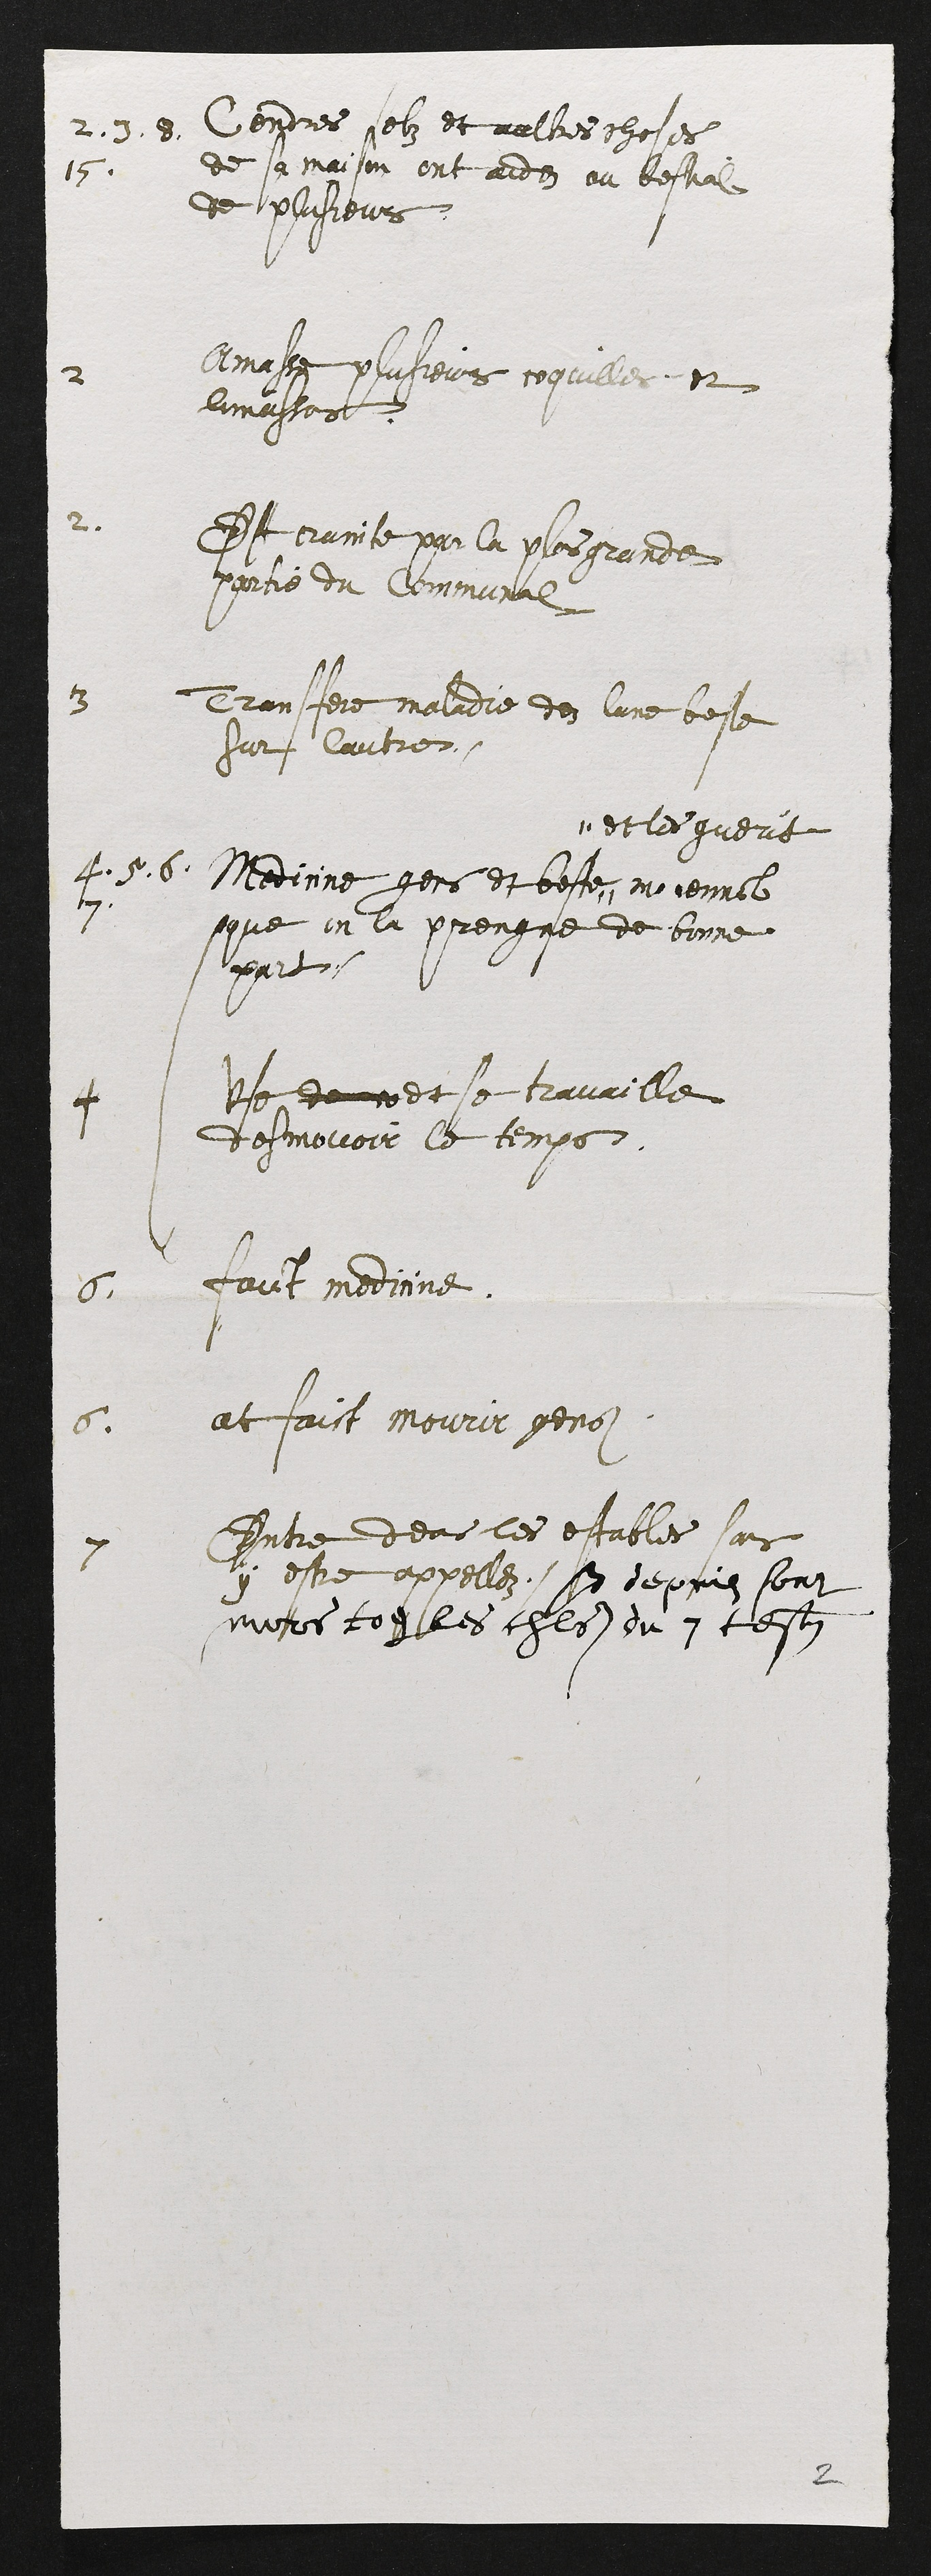
2. 3. 8.
15.
Cendres selz et aultres choses
de sa maison ont aide au bestial
de plusieurs.
2
Amasse plusieurs coquilles et 
limassons.
2.
Est crainte par la plus grande
partie du Communal.
3
Transfere maladie dez lune beste
sur lautre.
4. 5. 6.
7.
Medicine gens et beste "
" et les guerit
moiennant
que on la prengne de bonne
part.
4
Use de ce et se travaille
	desmovoir le temps.
6.
faict medicine.
6.
at faict mourir gens.
7
Entre deans les estables sans
y estre appellez. Et depuis sont
morts tous les chevals du 7 tesmoin